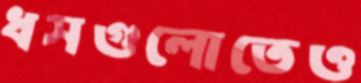
ধসগুলোতেও